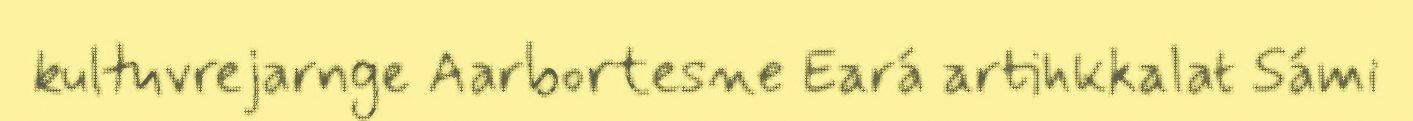
kultuvrejarnge Aarbortesne Eará artihkkalat Sámi